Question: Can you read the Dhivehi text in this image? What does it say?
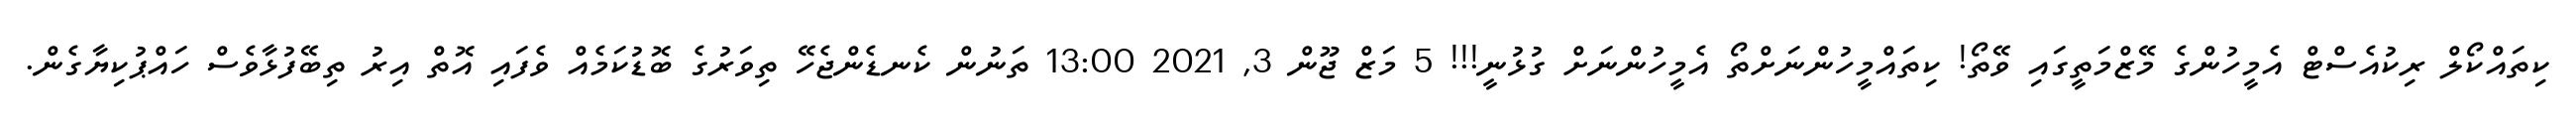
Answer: ކިތައްކޯލް ރިކުއެސްޓް އެމީހުންގެ މޭޒްމަތީގައި ވޭތޯ! ކިތައްމީހުންނަށްތޯ އެމީހުންނަށް ގުޅުނީ!!! 5 މަޒް ޖޫން 3, 2021 13:00 ތަނުން ކެނޑެންޖެހޭ ތިވަރުގެ ބޮޑުކަމެއް ވެފައި އޮތް އިރު ތިބޭފުޅާވެސް ހައްޕުކިޔާގެން.